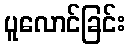
ပူလောင်ခြင်း